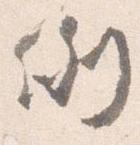
例